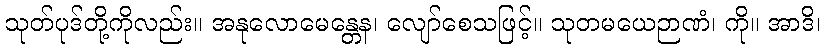
သုတ်ပုဒ်တို့ကိုလည်း။ အနုလောမေန္တေန၊ လျော်စေသဖြင့်။ သုတမယေဉာဏံ၊ ကို။ အာဒိ၊